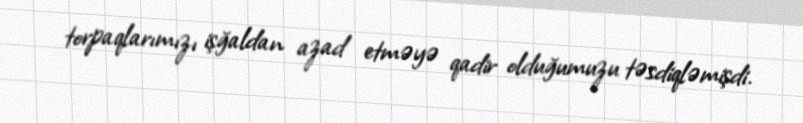
torpaqlarımızı işğaldan azad etməyə qadir olduğumuzu təsdiqləmişdi.